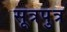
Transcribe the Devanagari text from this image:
सूत्रपुत्र